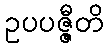
ဥပပဇ္ဇီတိ